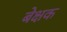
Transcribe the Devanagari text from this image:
बेक्षक